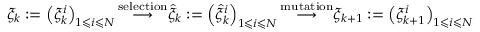
\xi _ { k } : = \left( \xi _ { k } ^ { i } \right) _ { 1 \leqslant i \leqslant N } { \stackrel { \mathrm { s e l e c t i o n } } { \longrightarrow } } { \widehat { \xi } } _ { k } : = \left( { \widehat { \xi } } _ { k } ^ { i } \right) _ { 1 \leqslant i \leqslant N } { \stackrel { \mathrm { m u t a t i o n } } { \longrightarrow } } \xi _ { k + 1 } : = \left( \xi _ { k + 1 } ^ { i } \right) _ { 1 \leqslant i \leqslant N }